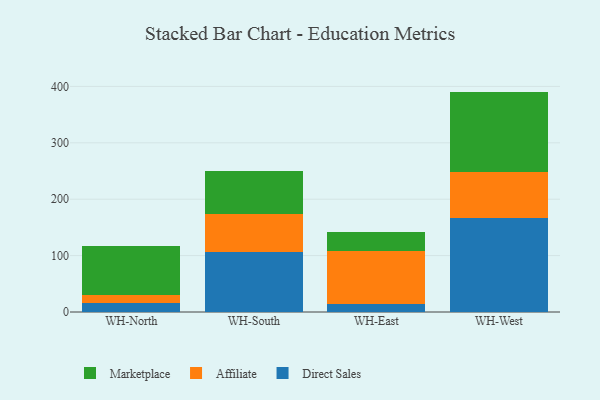
{"axis": {"x": "Warehouse", "y": "Conversion Rate (%)"}, "legend": ["Affiliate", "Direct Sales", "Marketplace"], "data": [{"x": "WH-North", "y": 16.2, "type": "Direct Sales"}, {"x": "WH-North", "y": 14.7, "type": "Affiliate"}, {"x": "WH-North", "y": 86.7, "type": "Marketplace"}, {"x": "WH-South", "y": 106.6, "type": "Direct Sales"}, {"x": "WH-South", "y": 66.8, "type": "Affiliate"}, {"x": "WH-South", "y": 75.8, "type": "Marketplace"}, {"x": "WH-East", "y": 13.4, "type": "Direct Sales"}, {"x": "WH-East", "y": 94.4, "type": "Affiliate"}, {"x": "WH-East", "y": 33.5, "type": "Marketplace"}, {"x": "WH-West", "y": 167.2, "type": "Direct Sales"}, {"x": "WH-West", "y": 81.3, "type": "Affiliate"}, {"x": "WH-West", "y": 142.3, "type": "Marketplace"}]}